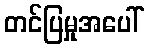
တင်ပြမှုအပေါ်